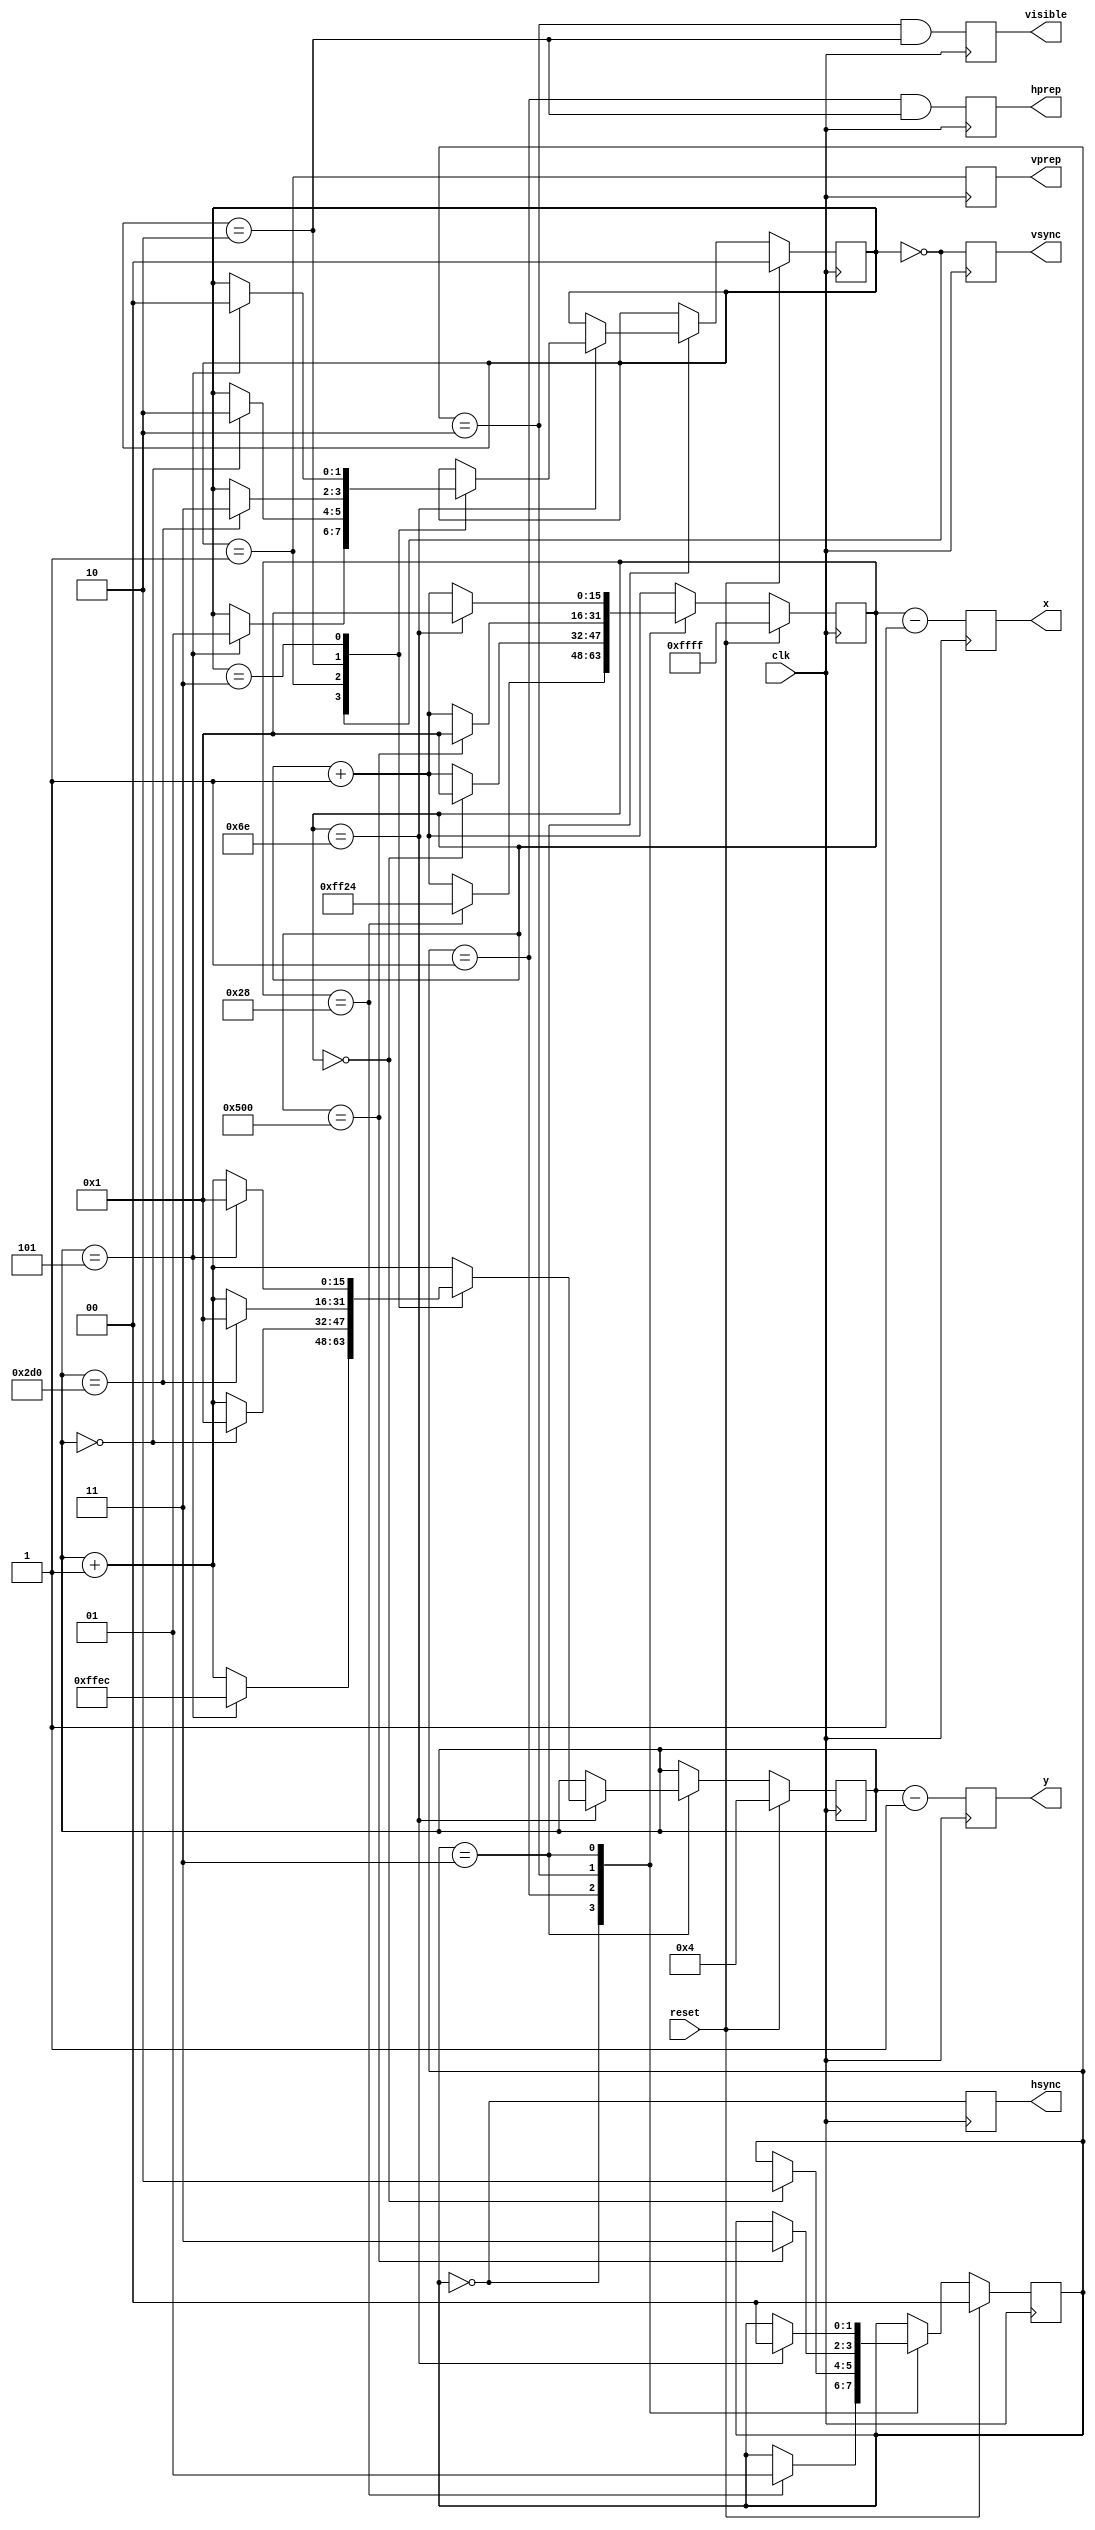
module timing(
    input wire reset,
    input wire clk,

    output reg [15:0] x,
    output reg [15:0] y,
    output reg hsync,
    output reg vsync,
    output reg hprep, // negative x is counting up to display position zero
    output reg vprep, // negative y is counting up to display position zero
    output reg visible
);

    // State constants for our two timing state machines (one horizontal, one vertical)
    `define VIDEO_SYNC       2'd0
    `define VIDEO_BACKPORCH  2'd1
    `define VIDEO_ACTIVE     2'd2
    `define VIDEO_FRONTPORCH 2'd3

    // These settings are for 720p, assuming clk is running at 74.25 MHz
    `define VIDEO_H_SYNC_PIXELS   16'd40
    `define VIDEO_H_BP_PIXELS     16'd220
    `define VIDEO_H_ACTIVE_PIXELS 16'd1280
    `define VIDEO_H_FP_PIXELS     16'd110
    `define VIDEO_H_SYNC_ACTIVE   1'b1
    `define VIDEO_V_SYNC_LINES    16'd5
    `define VIDEO_V_BP_LINES      16'd20
    `define VIDEO_V_ACTIVE_LINES  16'd720
    `define VIDEO_V_FP_LINES      16'd5
    `define VIDEO_V_SYNC_ACTIVE   1'b1

    reg [1:0] state_h = `VIDEO_FRONTPORCH;
    reg [15:0] count_h = 1; // 1-based so we will stop when count_h is the total pixels for the current state
    reg inc_v = 1'b0;
    reg [1:0] state_v = `VIDEO_FRONTPORCH;
    reg [15:0] count_v = 1; // 1-based so we will stop when count_v is the total lines for the current state

    // Output updates. Our outputs actually update one clock behind the main
    // state machine, because our timing is too tight to reliably do everything
    // inside a single clock period.
    always @(posedge clk) begin
        hsync   <= (state_h == `VIDEO_SYNC) ^ (~`VIDEO_H_SYNC_ACTIVE);
        vsync   <= (state_v == `VIDEO_SYNC) ^ (~`VIDEO_V_SYNC_ACTIVE);
        hprep   <= (state_h == `VIDEO_BACKPORCH && state_v == `VIDEO_ACTIVE);
        vprep   <= state_v == `VIDEO_BACKPORCH;
        visible <= (state_h == `VIDEO_ACTIVE) && (state_v == `VIDEO_ACTIVE);
        x       <= count_h - 1;
        y       <= count_v - 1;
    end

    // Main state machine. This is responsible for keeping track of our virtual
    // "beam position" and transitioning between the different states that will
    // inform how we set our external control
    always @(posedge clk) begin
        if (reset == 1'b1) begin
            // We'll start with a very short one-line vsync and a full hsync,
            // just because we need to start somewhere and this approach is
            // easier to look at in simulation. Maybe we'll adjust this
            // starting condition later if we find that a particular approach
            // allows real displays to lock faster.
            count_h <= ~16'b0;
            count_v <= `VIDEO_V_SYNC_LINES-1;
            state_h <= `VIDEO_SYNC;
            state_v <= `VIDEO_SYNC;
        end else begin
            inc_v <= 0;
            count_h <= count_h + 16'd1;

            case (state_h)
                `VIDEO_SYNC: begin
                    if (count_h == `VIDEO_H_SYNC_PIXELS) begin
                        state_h <= `VIDEO_BACKPORCH;
                        // For this case in particular we count from a negative
                        // number of pixels up to zero, so that other modules
                        // that consume this output can start the display data
                        // pipeline some number of pixel clocks before the
                        // display actually begins.
                        count_h <= -`VIDEO_H_BP_PIXELS;
                    end
                end
                `VIDEO_BACKPORCH: begin
                    // As noted in the VIDEO_SYNC case above, our back porch
                    // phase counts up from a negative number to zero.
                    if (count_h == 0) begin
                        state_h <= `VIDEO_ACTIVE;
                        count_h <= 16'b1;
                    end
                end
                `VIDEO_ACTIVE: begin
                    if (count_h == `VIDEO_H_ACTIVE_PIXELS) begin
                        state_h <= `VIDEO_FRONTPORCH;
                        count_h <= 16'b1;
                    end
                end
                `VIDEO_FRONTPORCH: begin
                    if (count_h == `VIDEO_H_FP_PIXELS) begin
                        state_h <= `VIDEO_SYNC;
                        count_h <= 16'b1;
                        count_v <= count_v + 16'd1;
                        case (state_v)
                            `VIDEO_SYNC: begin
                                if (count_v == `VIDEO_V_SYNC_LINES) begin
                                    state_v <= `VIDEO_BACKPORCH;
                                    // Counting from negative up to zero, as
                                    // with the horizontal back porch.
                                    count_v <= -`VIDEO_V_BP_LINES;
                                end
                            end
                            `VIDEO_BACKPORCH: begin
                                // Counting from negative up to zero, as
                                // with the horizontal back porch.
                                if (count_v == 0) begin
                                    state_v <= `VIDEO_ACTIVE;
                                    count_v <= 16'b1;
                                end
                            end
                            `VIDEO_ACTIVE: begin
                                if (count_v == `VIDEO_V_ACTIVE_LINES) begin
                                    state_v <= `VIDEO_FRONTPORCH;
                                    count_v <= 16'b1;
                                end
                            end
                            `VIDEO_FRONTPORCH: begin
                                if (count_v == `VIDEO_V_FP_LINES) begin
                                    state_v <= `VIDEO_SYNC;
                                    count_v <= 16'b1;
                                end
                            end
                        endcase
                    end
                end
            endcase
        end
    end

endmodule